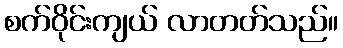
စက်ဝိုင်းကျယ် လာတတ်သည်။